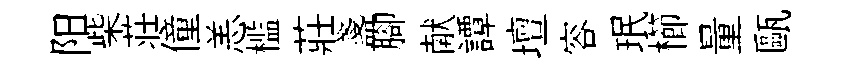
阳柴荘僮恙槛莊盞腳献譚壇容珉櫛量甌